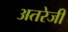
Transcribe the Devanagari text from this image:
अतरेजी